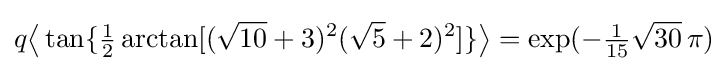
q{\bigl \langle }\tan\{{\tfrac {1}{2}}\arctan[({\sqrt {10}}+3)^{2}({\sqrt {5}}+2)^{2}]\}{\bigr \rangle }=\exp(-{\tfrac {1}{15}}{\sqrt {30}}\,\pi )